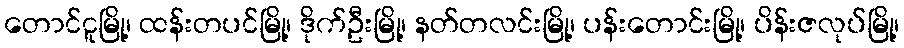
တောင်ငူမြို့၊ ထန်းတပင်မြို့၊ ဒိုက်ဦးမြို့၊ နတ်တလင်းမြို့၊ ပန်းတောင်းမြို့၊ ပိန်းဇလုပ်မြို့၊